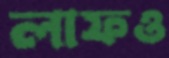
লাফও